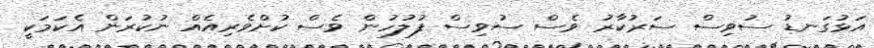
އަޅުގަނޑު ސުވިސް ސަރުކާރު ވެސް ސުވިސް ފުލުހުން ވެސް ކުށްވެރިއެއް ނުކުރަން އެކަމަކީ